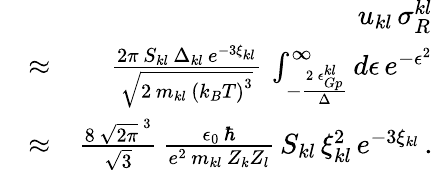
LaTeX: \begin{array}{rlr}&{}&{u_{kl}\, \sigma_{R}^{kl}}\\ &{\approx}&{\frac{2\pi\, S_{kl}\, \Delta_{kl}\, e^{-3\xi_{kl}}}{\sqrt{2\, m_{kl}\, \left(k_{B}T\right)^{3}}}\, \int_{-\frac{2\, \epsilon_{Gp}^{kl}}{\Delta}}^{\infty}d\epsilon\, e^{-\epsilon^{2}}}\\ &{\approx}&{\frac{8\, \sqrt{2\pi}^{\, 3}}{\sqrt{3}}\, \frac{\epsilon_{0}\, \hbar}{e^{2}\, m_{kl}\, Z_{k}Z_{l}}\, S_{kl}\, \xi_{kl}^{2}\, e^{-3\xi_{kl}}\, .}\end{array}